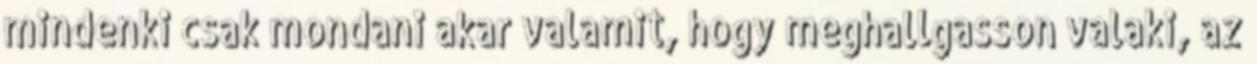
mindenki csak mondani akar valamit, hogy meghallgasson valaki, az